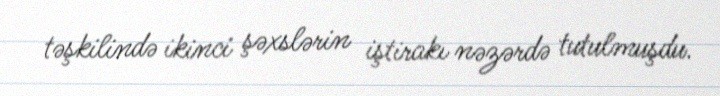
təşkilində ikinci şəxslərin iştirakı nəzərdə tutulmuşdu.